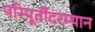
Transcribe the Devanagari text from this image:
परिपूर्तीदरम्यान